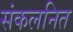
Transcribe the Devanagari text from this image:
संकलनित